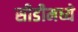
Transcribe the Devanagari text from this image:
सीडीमध्ये